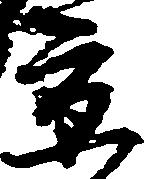
京